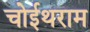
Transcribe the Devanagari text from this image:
चोईथराम